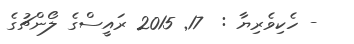
- ހެކިވެރިޔާ :  17